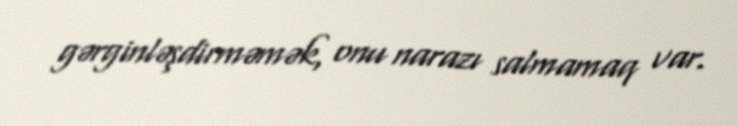
gərginləşdirməmək, onu narazı salmamaq var.